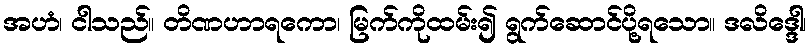
အဟံ၊ ငါသည်။ တိဏဟာရကော၊ မြက်ကိုထမ်း၍ ရွက်ဆောင်ပို့ရသော။ ဒလိဒ္ဒေါ၊